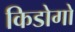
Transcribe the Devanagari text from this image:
किडोगो